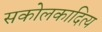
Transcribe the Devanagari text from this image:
सकोलकादित्य